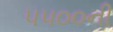
૫૫૦૦ની